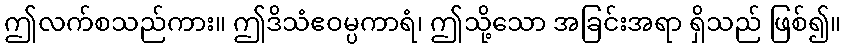
ဤလက်စသည်ကား။ ဤဒိသံဧဝမ္ပကာရံ၊ ဤသို့သော အခြင်းအရာ ရှိသည် ဖြစ်၍။